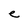
Character: e